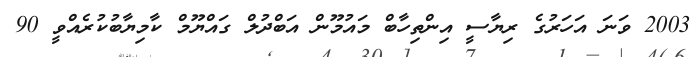
2003 ވަނަ އަހަރުގެ ރިޔާސީ އިންތިހާބް މައުމޫން އަބްދުލް ގައްޔޫމް ކާމިޔާބުކުރެއްވީ 90